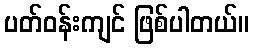
ပတ်ဝန်းကျင် ဖြစ်ပါတယ်။